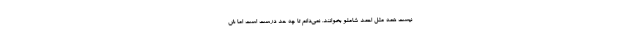
نیست همه مثل احمد شاملو بخوانند. نمی‌دانم تا چه حد درست است اما ش